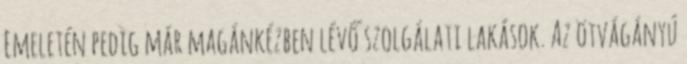
Emeletén pedig már magánkézben lévő szolgálati lakások. Az ötvágányú